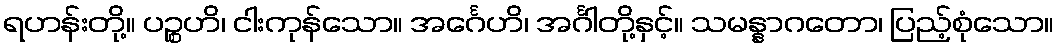
ရဟန်းတို့။ ပဉ္စဟိ၊ ငါးကုန်သော။ အင်္ဂေဟိ၊ အင်္ဂါတို့နှင့်။ သမန္နာဂတော၊ ပြည့်စုံသော။